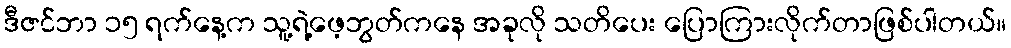
ဒီဇင်ဘာ ၁၅ ရက်နေ့က သူ့ရဲ့ဖေ့ဘွတ်ကနေ အခုလို သတိပေး ပြောကြားလိုက်တာဖြစ်ပါတယ်။